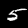
Digit: 5